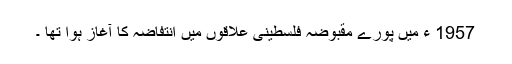
1957 ء میں پورے مقبوضہ فلسطینی علاقوں میں انتفاضہ کا آغاز ہوا تھا ۔